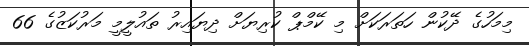
މިމަހުގެ ދޭކުން ހަތަރަކަށް މި ކޭމްޕް ކުރިޔަށް ދިޔައިރު ތައުލީމީ މަރުކަޒުގެ 66